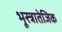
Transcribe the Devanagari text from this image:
भूस्त्रातेजिक